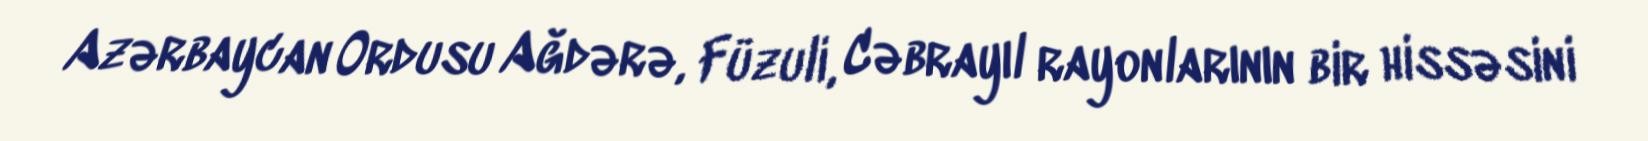
Azərbaycan Ordusu Ağdərə, Füzuli, Cəbrayıl rayonlarının bir hissəsini